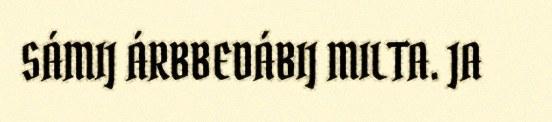
SÁMIJ ÁRBBEDÁBIJ MILTA. JA